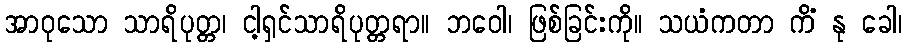
အာဝုသော သာရိပုတ္တ၊ ငါ့ရှင်သာရိပုတ္တရာ။ ဘဝေါ၊ ဖြစ်ခြင်းကို။ သယံကတာ ကိံ နု ခေါ၊